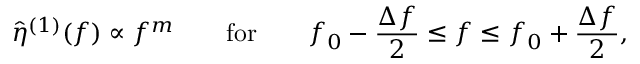
\hat { \eta } ^ { ( 1 ) } ( f ) \propto f ^ { m } \qquad \mathrm { f o r } \qquad f _ { 0 } - \frac { \Delta f } { 2 } \leq f \leq f _ { 0 } + \frac { \Delta f } { 2 } ,